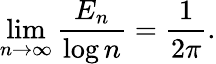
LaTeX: \operatorname*{lim}_{n\to\infty}\frac{E_{n}}{\log n}=\frac{1}{2\pi}.